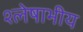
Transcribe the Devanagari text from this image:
श्लेषाभीय